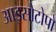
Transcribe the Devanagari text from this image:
आइसोटोपो